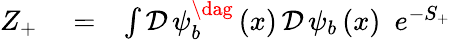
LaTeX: \begin{array}{rlr}{Z_{+}}&{{}=}&{\int\mathcal{D}\, \psi_{b}^{\dag}\left(x\right)\, \mathcal{D}\, \psi_{b}\left(x\right)\, \, \, e^{-S_{+}}}\end{array}